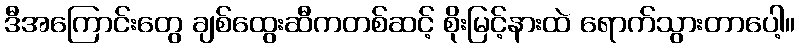
ဒီအကြောင်းတွေ ချစ်ထွေးဆီကတစ်ဆင့် စိုးမြင့်နားထဲ ရောက်သွားတာပေါ့။